Scottish Leaving Certificate Examination, 1952
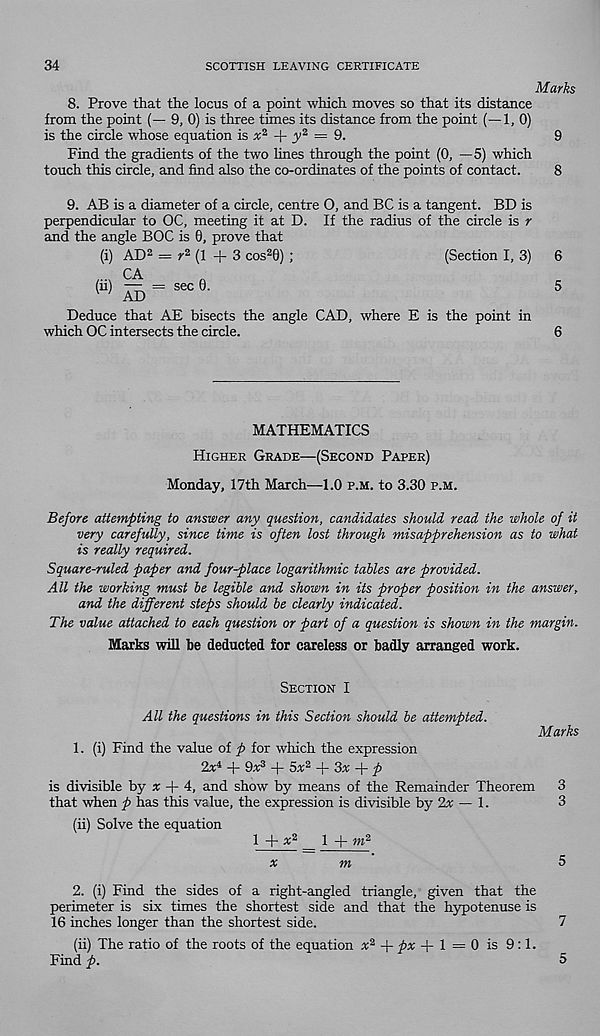
34
SCOTTISH LEAVING CERTIFICATE
Marks
8. Prove that the locus of a point which moves so that its distance
from the point (— 9, 0) is three times its distance from the point (—1, 0)
is the circle whose equation is x 2 y 2 = 9.
9
Find the gradients of the two lines through the point (0, —5) which
touch this circle, and find also the co-ordinates of the points of contact.
8
9. AB is a diameter of a circle, centre O, and BC is a tangent. BD is
perpendicular to OC, meeting it at D. If the radius of the circle is r
and the angle BOC is 0, prove that
(i) AD 2 = r 2 (1 +3 cos 2 0) ;
(Section I, 3) 6
CA
(u) ^ = sec 0.
5
Deduce that AE bisects the angle CAD, where E is the point in
which OC intersects the circle.
6
MATHEMATICS
Higher Grade—(Second Paper)
Monday, 17th March—1.0 p.m. to 3.30 p.m.
Before attempting to answer any question, candidates should read the whole of it
very carefully, since time is often lost through misapprehension as to what
is really required.
Square-ruled paper and four-place logarithmic tables are provided.
All the working must be legible and shown in its proper position in the answer,
and the different steps should be clearly indicated.
The value attached to each question or part of a question is shown in the margin.
Marks will be deducted for careless or badly arranged work.
Section I
All the questions in this Section should be attempted.
Marks
1. (i) Find the value of p for which the expression
2x i + 9x? + 5x 2 3x + p
is divisible by * + 4, and show by means of the Remainder Theorem 3
that when p has this value, the expression is divisible by 2# — 1.
3
(ii) Solve the equation
1 + a; 2 _ 1 + m 2
x
m
5
2. (i) Find the sides of a right-angled triangle, given that the
perimeter is six times the shortest side and that the hypotenuse is
16 inches longer than the shortest side.
7
(ii) The ratio of the roots of the equation x 2 + px -A l — 0 is 9:1.
Find p.
5